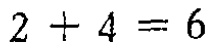
\(2 + 4 = 6\)